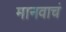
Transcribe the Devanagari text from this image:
मानवाचं